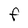
Character: F